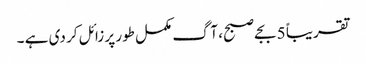
تقریباً 5 بجے صبح، آگ مکمل طور پر زائل کر دی ہے ۔